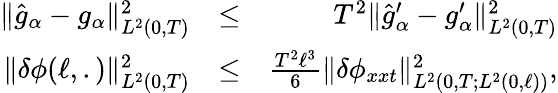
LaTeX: \begin{array}{rlr}{\Vert\widehat{g}_{\alpha}-g_{\alpha}\Vert_{L^{2}(0,T)}^{2}}&{\leq}&{T^{2}\Vert\widehat{g}_{\alpha}^{\prime}-g_{\alpha}^{\prime}\Vert_{L^{2}(0,T)}^{2}}\\ {\Vert\delta\phi(\ell,.)\Vert_{L^{2}(0,T)}^{2}}&{\leq}&{\frac{T^{2}\ell^{3}}{6}\Vert\delta\phi_{xxt}\Vert_{L^{2}(0,T;L^{2}(0,\ell))}^{2},}\end{array}